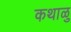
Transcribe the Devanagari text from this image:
कथाळु